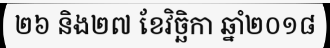
២៦ និង២៧ ខែវិច្ឆិកា ឆ្នាំ២០១៨